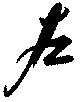
左